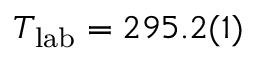
T _ { \mathrm { l a b } } = 2 9 5 . 2 ( 1 )